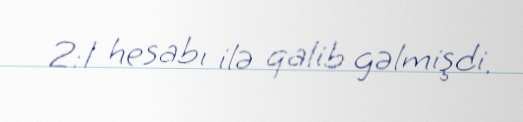
2:1 hesabı ilə qalib gəlmişdi.